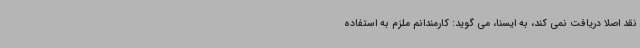
نقد اصلا دریافت نمی کند، به ایسنا، می گوید: کارمندانم ملزم به استفاده